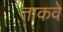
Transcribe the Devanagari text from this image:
ताकवे